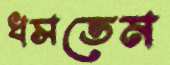
ধসতেম